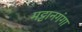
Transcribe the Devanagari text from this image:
मट्टानगंगा